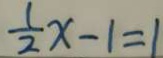
\frac { 1 } { 2 } x - 1 = 1